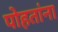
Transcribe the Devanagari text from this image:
पोहतांना